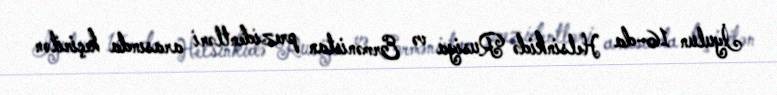
İyulun 16-da Helsinkidə Rusiya və Ermənistan prezidentləri arasında keçirilən